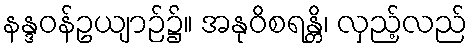
နန္ဒဝန်ဥယျာဉ်၌။ အနုဝိစရန္တိ၊ လှည့်လည်